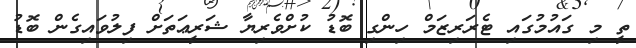
ތީ މި ގައުމުގައި ޓެރަރިޒަމް ހިންގި ބޮޑު ކުށްވެރިޔާ ޝަރީޢަތަށް ފިލުވައިގެން ބޮޑު